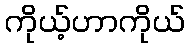
ကိုယ့်ဟာကိုယ်